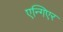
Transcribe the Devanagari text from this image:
एन्गिएर